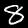
Label: 8